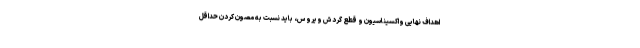
اهداف نهایی واکسیناسیون و قطع گردش ویروس، باید نسبت به مصون کردن حداقل